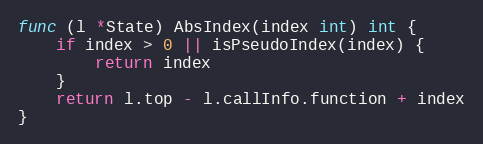
Language: Go
func (l *State) AbsIndex(index int) int {
	if index > 0 || isPseudoIndex(index) {
		return index
	}
	return l.top - l.callInfo.function + index
}